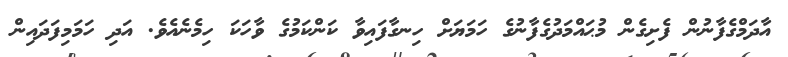
އާދަމްގެފާނުން ފެށިގެން މުޙައްމަދުގެފާނުގެ ހަމަޔަށް ހިނގާފައިވާ ކަންކަމުގެ ވާހަކަ ހިމެނެއެވެ. އަދި ހަމަމިފަދައިން